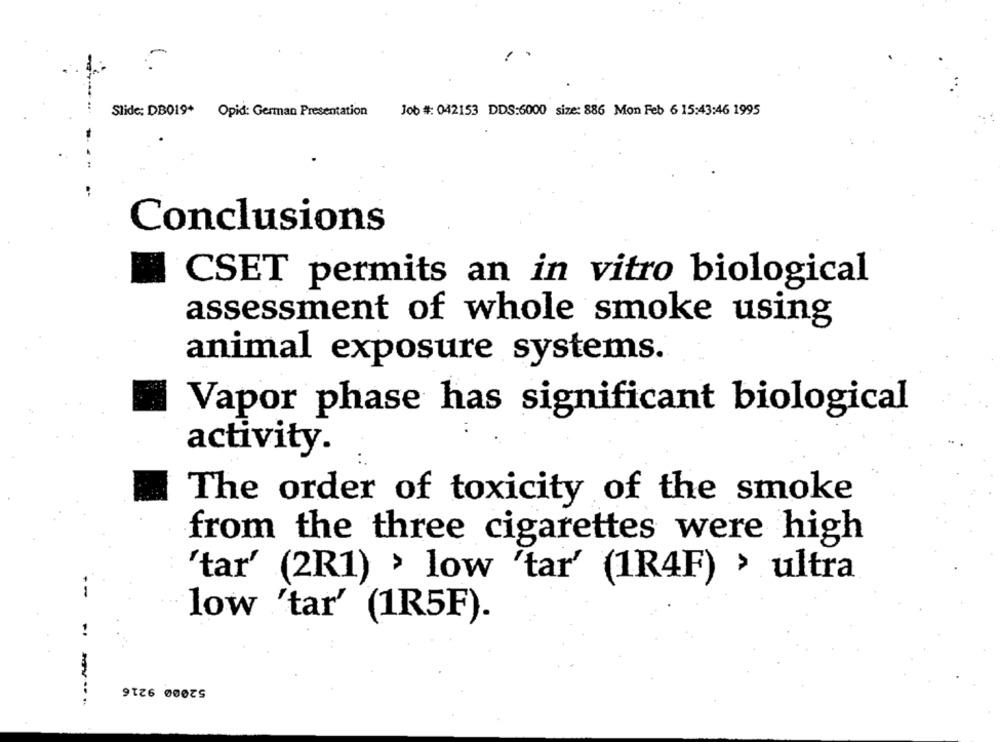
Slide: DB019+
Job #: 042153 DDS:6000 size: 886 Mon Feb 6 15:43:46 1995
Opid: German Presentation
Conclusions
CSET permits an in vitro biological
assessment of whole smoke using
animal exposure systems.
Vapor phase has significant biological
activity.
The order of toxicity of the smoke
from the three cigarettes were high
'tar' (2R1) > low 'tar' (1R4F) > ultra
low 'tar' (1R5F).
52000 9216